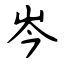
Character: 岑